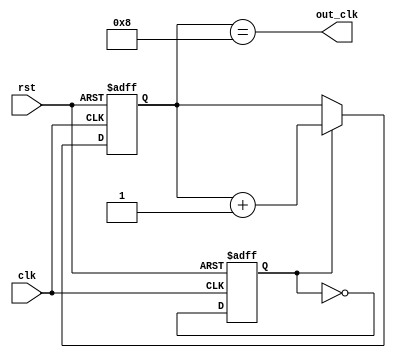
module johnson_counter_clock_divider (
     input wire clk,
     input wire rst,
     output wire out_clk
   );

   reg [3:0] count;
   reg toggle;

   always @(posedge clk or posedge rst) begin
     if (rst) begin
       count <= 4'b0000;
       toggle <= 1'b0;
     end else begin
       if (toggle) begin
         count <= count + 1;
       end
       toggle <= ~toggle;
     end
   end

   assign out_clk = (count == 4'b1000);

endmodule